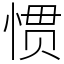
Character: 惯